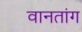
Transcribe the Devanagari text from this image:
वानतांग